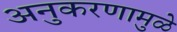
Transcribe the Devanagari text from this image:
अनुकरणामुळे